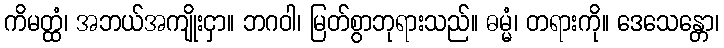
ကိမတ္ထံ၊ အဘယ်အကျိုးငှာ။ ဘဂဝါ၊ မြတ်စွာဘုရားသည်။ ဓမ္မံ၊ တရားကို။ ဒေသေန္တော၊